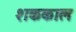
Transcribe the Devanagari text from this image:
शककाल